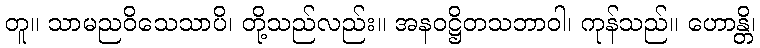
တူ။ သာမညဝိသေသာပိ၊ တို့သည်လည်း။ အနဝဋ္ဌိတသဘာဝါ၊ ကုန်သည်။ ဟောန္တိ၊